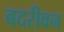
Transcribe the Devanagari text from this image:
बदरीवन